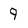
Character: 9